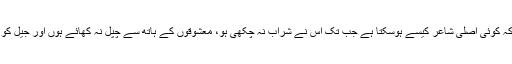
مرزا غالب کہہ گئے کہ کوئی اصلی شاعر کیسے ہوسکتا ہے جب تک اس نے شراب نہ چکھی ہو، معشوقوں کے ہاتھ سے چپل نہ کھائے ہوں اور جیل کو اندر سے نہ دیکھا ہو۔